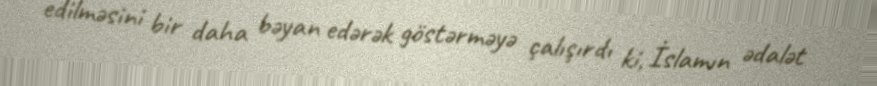
edilməsini bir daha bəyan edərək göstərməyə çalışırdı ki, İslamın ədalət